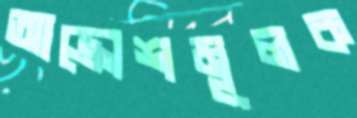
আক্রোশমূলক